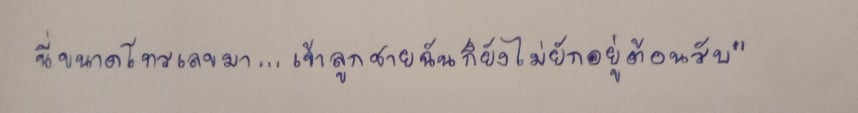
นี่ขนาดโทรเลขมา...เจ้าลูกชายฉันก็ยังไม่ยักอยู่ต้อนรับ"